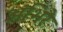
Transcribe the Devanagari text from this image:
अंभिरे